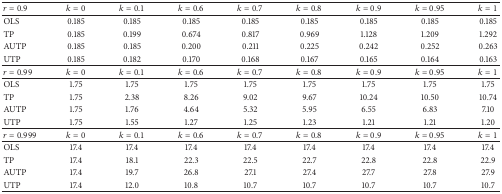
| r = 0.9 | k = 0 | k = 0.1 | k = 0.6 | k = 0.7 | k = 0.8 | k = 0.9 | k = 0.95 | k = 1 |
 | --- | --- | --- | --- | --- | --- | --- | --- | --- |
 | OLS | 0.185 | 0.185 | 0.185 | 0.185 | 0.185 | 0.185 | 0.185 | 0.185 |
 | TP | 0.185 | 0.199 | 0.674 | 0.817 | 0.969 | 1.128 | 1.209 | 1.292 |
 | AUTP | 0.185 | 0.185 | 0.200 | 0.211 | 0.225 | 0.242 | 0.252 | 0.263 |
 | UTP | 0.185 | 0.182 | 0.170 | 0.168 | 0.167 | 0.165 | 0.164 | 0.163 |
 | r = 0.99 | k = 0 | k = 0.1 | k = 0.6 | k = 0.7 | k = 0.8 | k = 0.9 | k = 0.95 | k = 1 |
 | OLS | 1.75 | 1.75 | 1.75 | 1.75 | 1.75 | 1.75 | 1.75 | 1.75 |
 | TP | 1.75 | 2.38 | 8.26 | 9.02 | 9.67 | 10.24 | 10.50 | 10.74 |
 | AUTP | 1.75 | 1.76 | 4.64 | 5.32 | 5.95 | 6.55 | 6.83 | 7.10 |
 | UTP | 1.75 | 1.55 | 1.27 | 1.25 | 1.23 | 1.21 | 1.21 | 1.20 |
 | r = 0.999 | k = 0 | k = 0.1 | k = 0.6 | k = 0.7 | k = 0.8 | k = 0.9 | k = 0.95 | k = 1 |
 | OLS | 17.4 | 17.4 | 17.4 | 17.4 | 17.4 | 17.4 | 17.4 | 17.4 |
 | TP | 17.4 | 18.1 | 22.3 | 22.5 | 22.7 | 22.8 | 22.8 | 22.9 |
 | AUTP | 17.4 | 19.7 | 26.8 | 27.1 | 27.4 | 27.7 | 27.8 | 27.9 |
 | UTP | 17.4 | 12.0 | 10.8 | 10.7 | 10.7 | 10.7 | 10.7 | 10.7 |